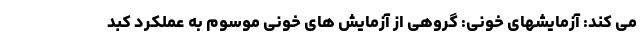
می کند: آزمایشهای خونی: گروهی از آزمایش های خونی موسوم به عملکرد کبد